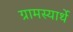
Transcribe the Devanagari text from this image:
ग्रामस्यार्थे